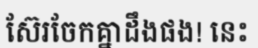
ស៊ែរចែកគ្នាដឹងផង! នេះ